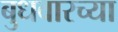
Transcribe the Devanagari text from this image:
बुधवारच्या